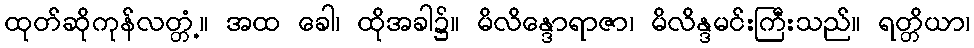
ထုတ်ဆိုကုန်လတ္တံ့။ အထ ခေါ၊ ထိုအခါ၌။ မိလိန္ဒောရာဇာ၊ မိလိန္ဒမင်းကြီးသည်။ ရတ္တိယာ၊